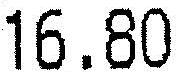
16.80